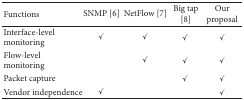
<table><thead><tr><td><b> Functions </b></td><td><b> SNMP [6] </b></td><td><b> NetFlow [7] </b></td><td><b> Big tap [8] </b></td><td><b> Our proposal </b></td></tr></thead><tbody><tr><td> Interface-level monitoring </td><td>✓</td><td>✓</td><td>✓</td><td>✓</td></tr><tr><td> Flow-level monitoring </td><td> </td><td>✓</td><td>✓</td><td>✓</td></tr><tr><td> Packet capture </td><td> </td><td> </td><td>✓</td><td>✓</td></tr><tr><td> Vendor independence </td><td>✓</td><td> </td><td> </td><td>✓</td></tr></tbody></table>